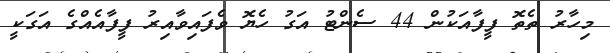
މިހާރު ތެތޮ ފީފާއަކުން 44 ސެންޓު އަގު ހެޔޮ ވެފައިވާއިރު ފީފާއެއްގެ އަގަކީ